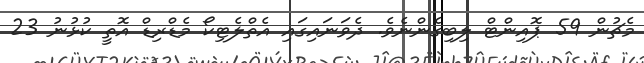
މެޗުން 59 ޕޮއިންޓް ލިބިގެންނެވެ. ދެވަނައިގައި އެތްލެޓިކޯ މެޑްރިޑް އޮތީ ކުޅުނު 23